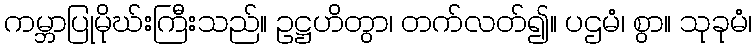
ကမ္ဘာပြုမိုဃ်းကြီးသည်။ ဥဋ္ဌဟိတွာ၊ တက်လတ်၍။ ပဌမံ၊ စွာ။ သုခုမံ၊